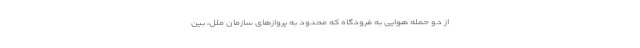
از دو حمله هوایی به فرودگاه که محدود به پروازهای سازمان ملل، بین‌